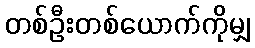
တစ်ဦးတစ်ယောက်ကိုမျှ